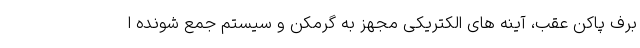
برف پاکن عقب، آینه های الکتریکی مجهز به گرمکن و سیستم جمع شونده ا